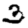
Digit: 3